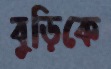
বুড়িকে